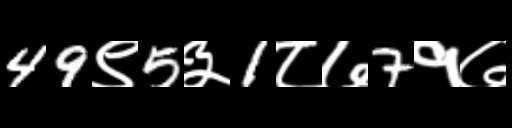
Text: 49९5३1८७7१७